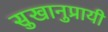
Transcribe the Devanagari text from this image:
सुखानुप्रायी